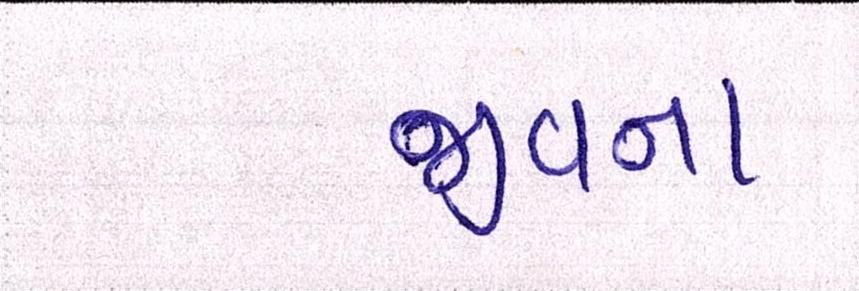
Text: જીવના